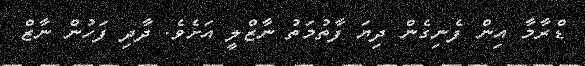
ޑްރާމާ އިން ފެނިގެން ދިޔަ ފާތުމަތު ނާޒްލީ އަށެވެ. ދާދި ފަހުން ނާޒް